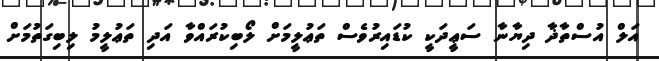
އަލް އުސްތާޛާ ދިޔާނާ ސަޢީދަކީ ކުޑައިރުވެސް ތަޢުލީމަށް ލޯބިކުރައްވާ އަދި ތަޢުލީމު ލިބިގަތުމަށް